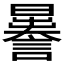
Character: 𧬉